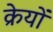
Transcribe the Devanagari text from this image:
क्रेयों